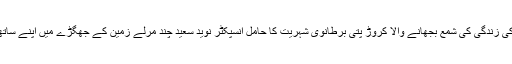
پولیس مقابلوں کا ماہر اوربیسیوں افراد کی زندگی کی شمع بجھانے والا کروڑ پتی برطانوی شہریت کا حامل انسپکٹر نوید سعید چند مرلے زمین کے جھگڑے میں اپنے ساتھیوں سمیت موت کی وادی میں اتر گیا ۔